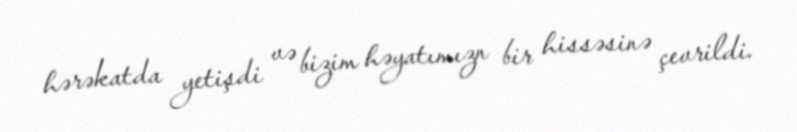
hərəkatda yetişdi və bizim həyatımızn bir hissəsinə çevrildi.